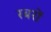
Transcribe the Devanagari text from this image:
रबरों